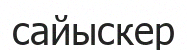
сайыскер